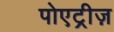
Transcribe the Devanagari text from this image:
पोएट्रीज़